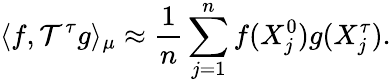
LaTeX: \langle f,\mathcal{T}^{\tau}g\rangle_{\mu}\approx\frac{1}{n}\sum_{j=1}^{n}f(X_{j}^{0})g(X_{j}^{\tau}).